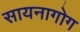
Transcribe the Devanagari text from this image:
सायनागोग